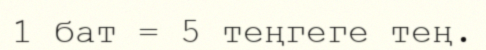
1 бат = 5 теңгеге тең.